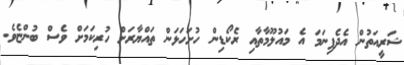
ޝަރީއަތުން އެދެފިނަމަ އެ މައުލޫމާތާއި ރެކޯޑިން ހުށަހަޅަން ތައްޔާރަށް ހުރިކަމަށް ވެސް ބުންޏެވެ.